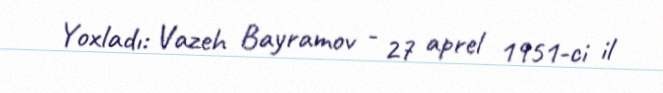
Yoxladı: Vazeh Bayramov - 27 aprel 1951-ci il